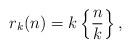
LaTeX: \begin{align*}r_k(n) = k \left\{\frac{n}{k}\right\},\end{align*}